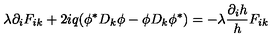
\lambda \partial _ { i } F _ { i k } + 2 i q ( \phi ^ { \ast } D _ { k } \phi - \phi D _ { k } \phi ^ { \ast } ) = - \lambda \frac { \partial _ { i } h } { h } F _ { i k }